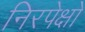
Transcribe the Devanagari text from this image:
निरपेक्षो